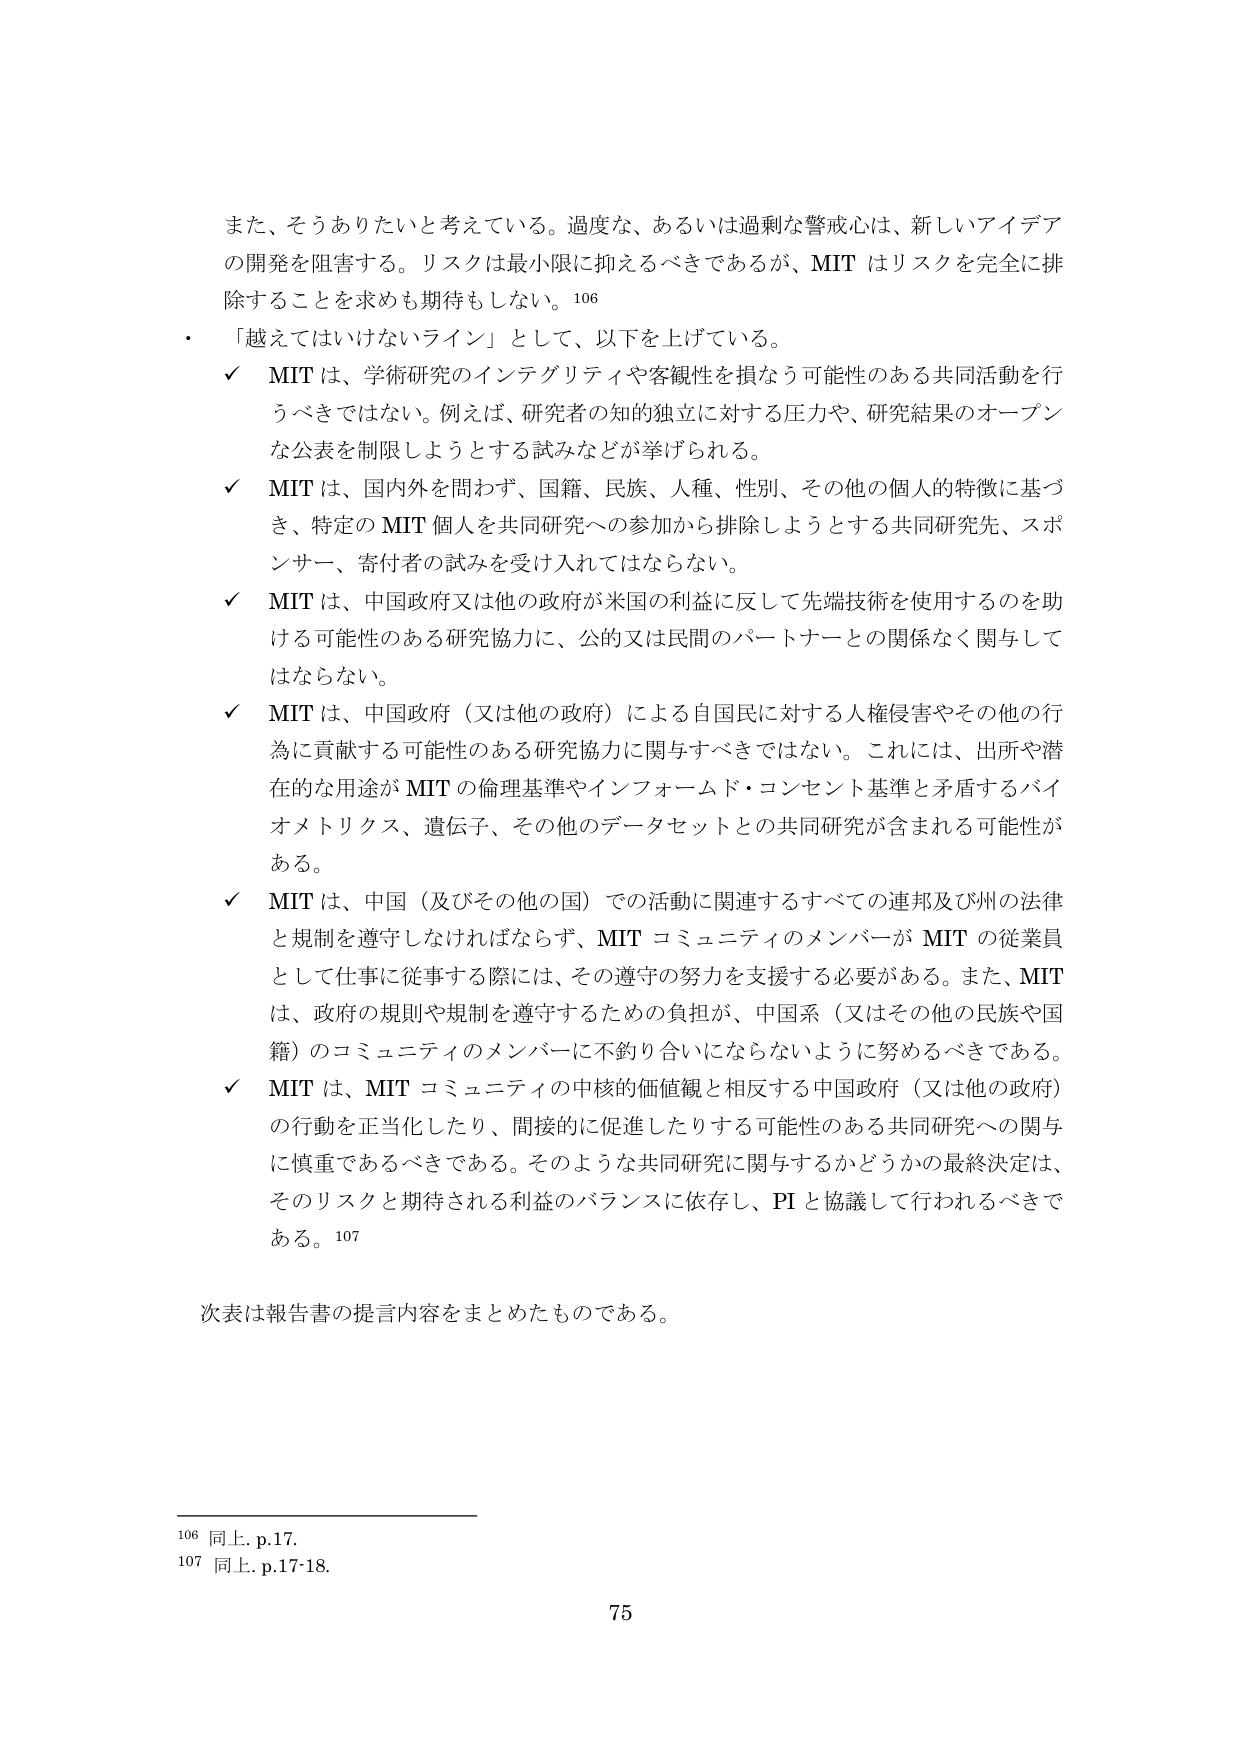
また、そうありたいと考えている。過度な、あるいは過剰な警戒心は、新しいアイデアの開発を阻害する。リスクは最小限に抑えるべきであるが、MIT はリスクを完全に排除することを求めも期待もしない。106

・「越えてはいけないライン」として、以下を上げている。

✓ MIT は、学術研究のインテグリティや客観性を損なう可能性のある共同活動を行うべきではない。例えば、研究者の知的独立に対する圧力や、研究結果のオープンな公表を制限しようとする試みなどが挙げられる。

✓ MIT は、国内外を問わず、国籍、民族、人種、性別、その他の個人的特徴に基づき、特定の MIT 個人を共同研究への参加から排除しようとする共同研究先、スポンサー、寄付者の試みを受け入れてはならない。

✓ MIT は、中国政府又は他の政府が米国の利益に反して先端技術を使用するのを助ける可能性のある研究協力に、公的又は民間のパートナーとの関係なく関与してはならない。

✓ MIT は、中国政府（又は他の政府）による自国民に対する人権侵害やその他の行為に貢献する可能性のある研究協力に関与すべきではない。これには、出所や潜在的な用途が MIT の倫理基準やインフォームド・コンセント基準と矛盾するバイオメトリクス、遺伝子、その他のデータセットとの共同研究が含まれる可能性がある。

✓ MIT は、中国（及びその他の国）での活動に関連するすべての連邦及び州の法律と規制を遵守しなければならず、MIT コミュニティのメンバーが MIT の従業員として仕事に従事する際には、その遵守の努力を支援する必要がある。また、MIT は、政府の規則や規制を遵守するための負担が、中国系（又はその他の民族や国籍）のコミュニティのメンバーに不釣り合いにならないように努めるべきである。

✓ MIT は、MIT コミュニティの中核的価値観と相反する中国政府（又は他の政府）の行動を正当化したり、間接的に促進したりする可能性のある共同研究への関与に慎重であるべきである。そのような共同研究に関与するかどうかの最終決定は、そのリスクと期待される利益のバランスに依存し、PI と協議して行われるべきである。107

次表は報告書の提言内容をまとめたものである。

106 同上. p.17.
107 同上. p.17-18.

75